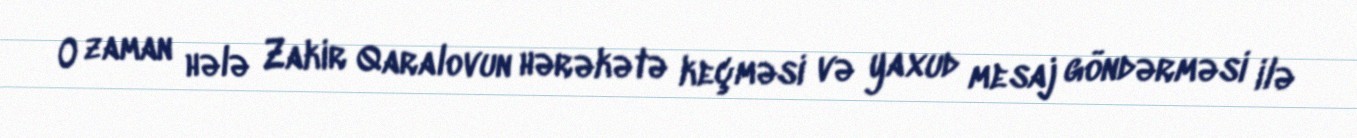
O zaman hələ Zakir Qaralovun hərəkətə keçməsi və yaxud mesaj göndərməsi ilə